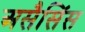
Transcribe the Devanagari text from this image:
असैसिंस